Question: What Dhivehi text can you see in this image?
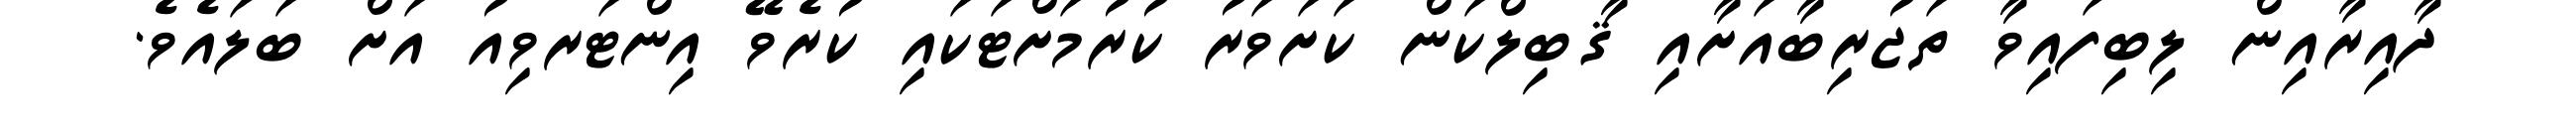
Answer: ދާއިރާއިން ލިބިފައިވާ ތަޖުރިބާއަށާއި ޤާބިލްކަން ކަށަވަރު ކުރުމަށްޓަކައި ކުރެވޭ އިންޓަރވިއު އަށް ބަލައެވެ.